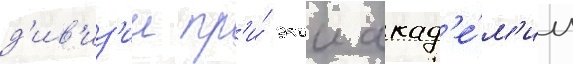
д'ив'из'ии пр'и́ этои акад'е́м'ии